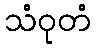
သံဝုတံ